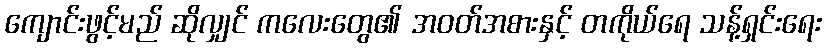
ကျောင်းဖွင့်မည် ဆိုလျှင် ကလေးတွေ၏ အဝတ်အစားနှင့် တကိုယ်ရေ သန့်ရှင်းရေး